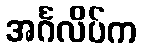
အင်္ဂလိပ်က